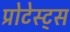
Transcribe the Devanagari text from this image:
प्रोटेस्ट्स